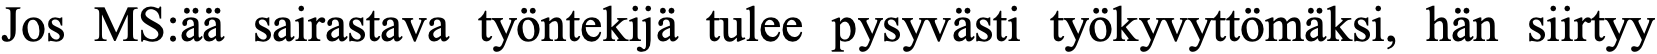
Jos MS:ää sairastava työntekijä tulee pysyvästi työkyvyttömäksi, hän siirtyy